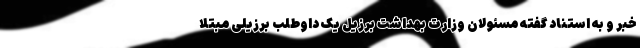
خبر و به استناد گفته مسئولان وزارت بهداشت برزیل یک داوطلب برزیلی مبتلا